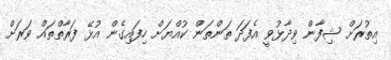
އިތުރަށް ޝިފާން ވިދާޅުވީ އެފަދަ ތަންތަން ކުއްޔަށް ހިފައިގެން އުޅޭ ފަރާތްތައް ވަރަށް